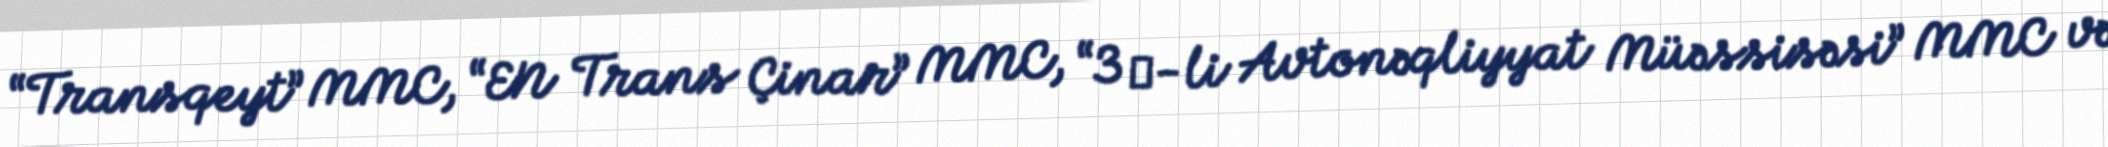
“Transqeyt” MMC, “EN Trans Çinar” MMC, “3 №-li Avtonəqliyyat Müəssisəsi” MMC və